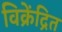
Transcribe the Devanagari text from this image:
विक्रेंद्रित